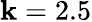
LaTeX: \mathbf{k}=2.5